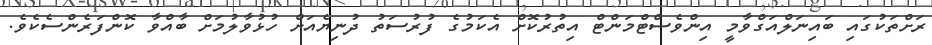
ރަށްތަކުގައި ބައިނަލްއަގްވާމީ އިންވެސްޓްމަންޓް އިތުރުކޮށް އެކަމުގެ ފުރުސަތު ދުނިޔެއަށް ހުޅުވާލުމަށް ބާއްވާ ކޮންފަރެންސެކެވެ.